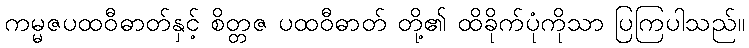
ကမ္မဇပထဝီဓာတ်နှင့် စိတ္တဇ ပထဝီဓာတ် တို့၏ ထိခိုက်ပုံကိုသာ ပြကြပါသည်။